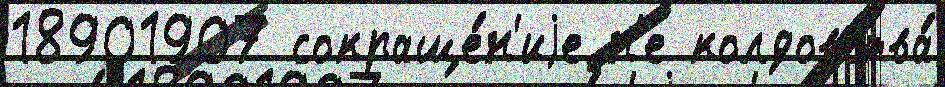
18901907 сокраще́н'иjе н'е колдовства́